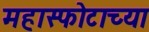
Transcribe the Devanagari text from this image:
महास्फोटाच्या